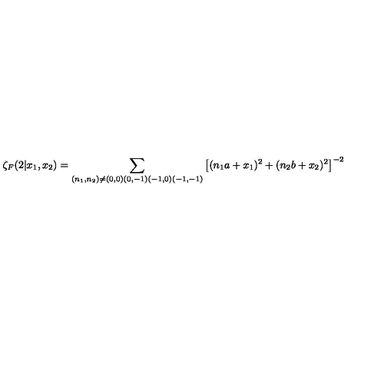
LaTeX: \zeta _ { F } ( 2 | x _ { 1 } , x _ { 2 } ) = \sum _ { ( n _ { 1 } , n _ { 2 } ) \neq ( 0 , 0 ) ( 0 , - 1 ) ( - 1 , 0 ) ( - 1 , - 1 ) } \left[ ( n _ { 1 } a + x _ { 1 } ) ^ { 2 } + ( n _ { 2 } b + x _ { 2 } ) ^ { 2 } \right] ^ { - 2 }